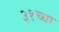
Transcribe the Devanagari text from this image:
३१च्या